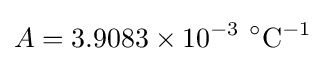
A=3.9083\times 10^{-3}~^{\circ }{\text{C}}^{-1}